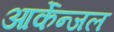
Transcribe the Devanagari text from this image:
आर्केन्जल